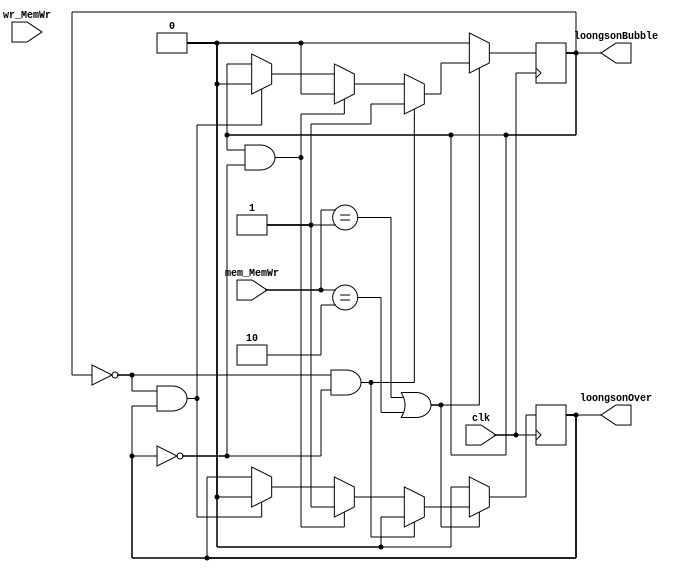
`timescale 1ns / 1ps
module LoongsonBubbleUnit(clk, mem_MemWr, wr_MemWr, loongsonBubble, loongsonOver);

	input       clk;
	input [1:0] mem_MemWr;
	input [1:0] wr_MemWr;
	output reg  loongsonBubble;
	output reg  loongsonOver;
	initial begin
		loongsonBubble = 0;
		loongsonOver   = 0;
	end
	//
	always @(posedge clk) begin 
		if (mem_MemWr == 2'b01 || mem_MemWr == 2'b10) begin

			//***********//
			if (loongsonBubble == 0 && loongsonOver == 0) begin
				loongsonBubble <= 1;
				loongsonOver   <= 0;
			end else 
			//***********//
			if (loongsonBubble == 1 && loongsonOver == 0) begin
				loongsonBubble <= 0;
				loongsonOver   <= 1;
			end else 
			//*********
			if (loongsonBubble == 0 && loongsonOver == 1) begin
				loongsonBubble <= 0;
				loongsonOver   <= 0;
			end
		end else begin
			loongsonBubble <= 0;
			loongsonOver   <= 0;
		end
	end
endmodule